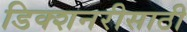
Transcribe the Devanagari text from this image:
डिक्शनरीसाठी